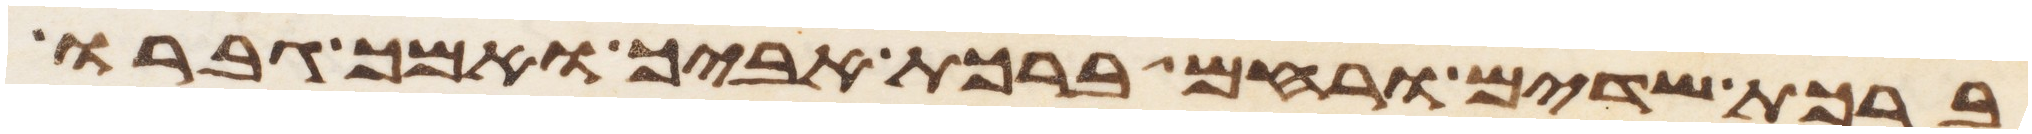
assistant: ברכת שדים ורחם ברכת אביך ואמך גברו